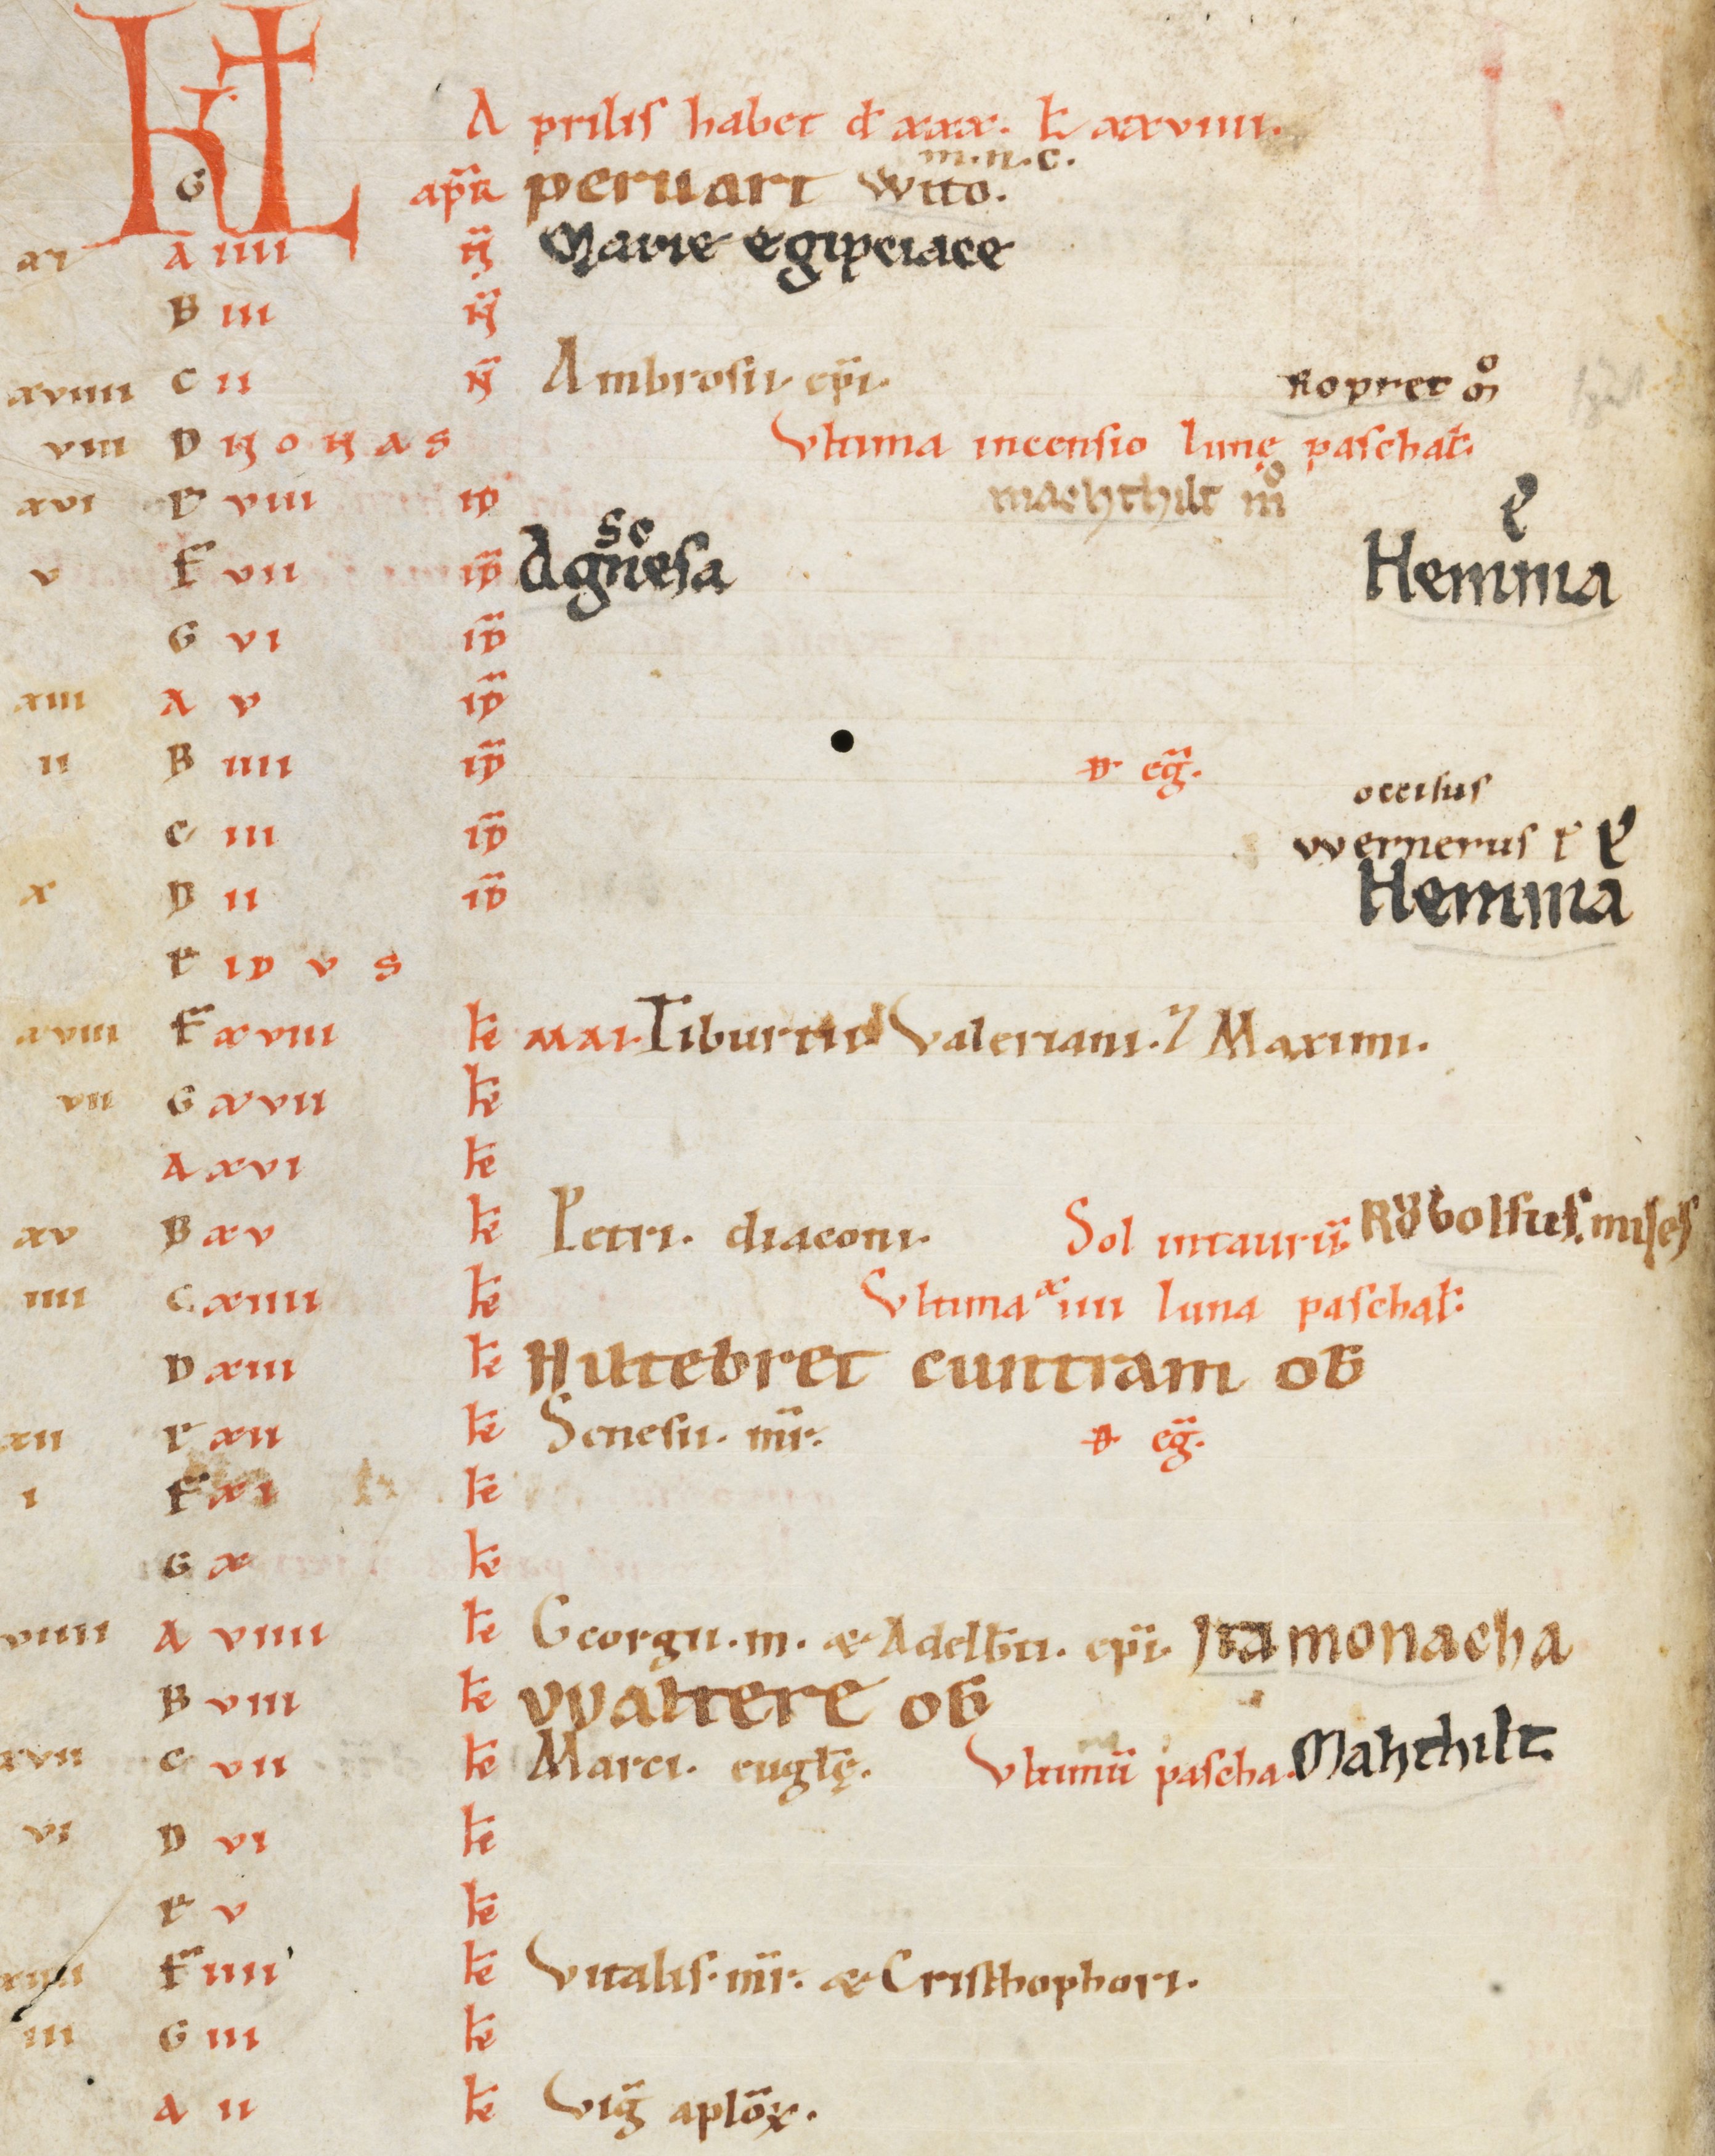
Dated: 1100–1199